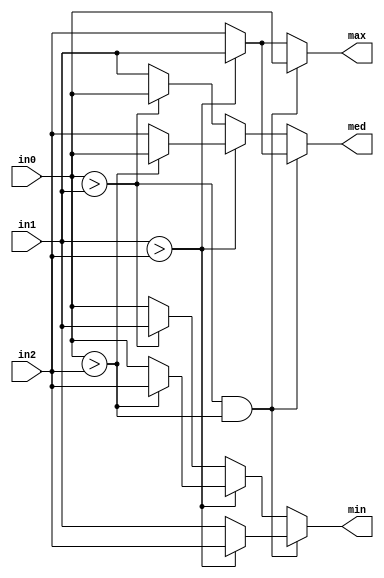
`timescale 1ns / 1ps
//////////////////////////////////////////////////////////////////////////////////
// Company: 
// Engineer: 
// 
// Design Name: 
// Module Name:    max_med_min 
// Project Name: 
// Target Devices: 
// Tool versions: 
// Description: 
//
// Dependencies: 
//
// Revision: 
// Revision 0.01 - File Created
// Additional Comments: 
//
//////////////////////////////////////////////////////////////////////////////////
module max_med_min(in0, in1, in2, max, med, min);
	input [7:0] in0, in1, in2;
	output reg[7:0] max, med, min;
	always@(*) begin
	if (in0 > in1 && in0 > in2) begin
		 max = in0;
		if (in1 > in2) begin
			 med = in1;
			 min = in2;
		end else begin
			 med = in2;
			 min = in1;
		end
	end else if (in1 > in2) begin
		 max = in1;
		if (in0 > in2) begin
			 med = in0;
			 min = in2;
		end else begin
			 med = in2;
			 min = in0;
		end
	end else begin
		 max = in2;
		if (in0 > in1) begin
			 med = in0;
			 min = in1;
		end else begin
			 med = in1;
			 min = in0;
		end
	end
	end

endmodule